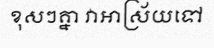
ខុសៗគ្នា វាអាស្រ័យទៅ